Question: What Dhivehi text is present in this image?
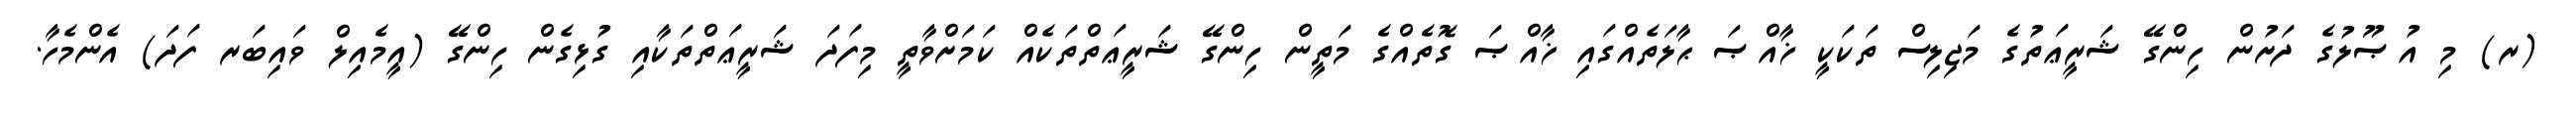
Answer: (ރ) މި އުޞޫލުގެ ދަށުން ހިންގޭ ޝަރީޢަތުގެ މަޖިލިސް ތަކަކީ ޚާއްޞަ ޙާލަތެއްގައި ޚާއްޞަ ގޮތެއްގެ މަތީން ހިންގޭ ޝަރީޢަތްތަކެއް ކަމަށްވާތީ މިފަދަ ޝަރީޢަތްތަކާއި ގުޅިގެން ހިންގޭ (އީމެއިލް ވައިބަރ ފަދަ) އެންމެހާ.